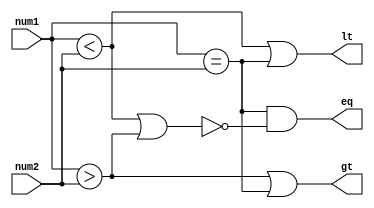
module comparator (
    input [15:0] num1,
    input [15:0] num2,
    output lt, // less than
    output eq, // equal to
    output gt  // greater than
);

assign lt = &((num1 < num2) | (num1 == num2));
assign eq = &((num1 == num2) & ~(num1 < num2 | num1 > num2));
assign gt = &((num1 > num2) | (num1 == num2));

endmodule